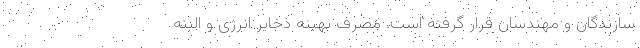
سازندگان و مهندسان قرار گرفته است. مصرف بهینه ذخایر انرژی و البته